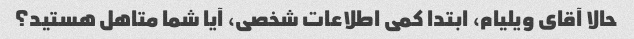
حالا آقای ویلیام، ابتدا کمی اطلاعات شخصی، آیا شما متاهل هستید؟